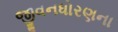
જીવનધોરણના